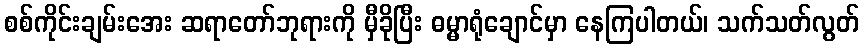
စစ်ကိုင်းချမ်းအေး ဆရာတော်ဘုရားကို မှီခိုပြီး ဓမ္မာရုံချောင်မှာ နေကြပါတယ်၊ သက်သတ်လွတ်